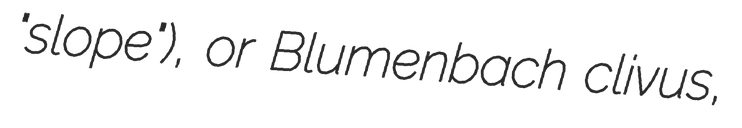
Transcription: "slope"), or Blumenbach clivus,